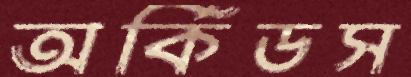
অর্কিডস